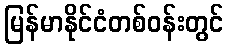
မြန်မာနိုင်ငံတစ်ဝန်းတွင်